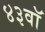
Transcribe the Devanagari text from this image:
४३वॉ